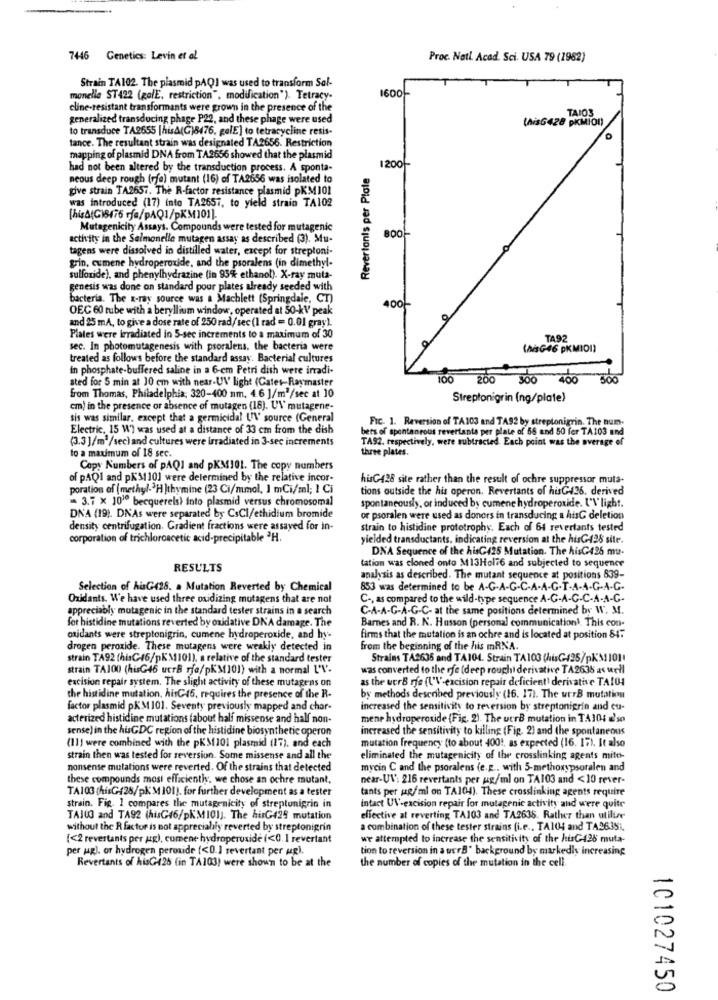
7446 Genetics: Levin et al
Proc. Natl. Acad. Sci. USA 79 (1962)
Strain TA102. The plasmid pAQI was used to transform Sol-
1600
monelle ST422 (galE, restriction", modification"). Tetracy-
cline-resistant transformants were grown in the presence of the
generalized transducing phage P22, and these phage were used
TAIOS
to transduce TA2655 [hisA(G)8476, galE] to tetracycline resis-
(AisG428 DKMiOD)
tance. The resultant strain was designated TA2656. Restriction
mapping of plasmid DNA from TA2656 showed that the plasmid
had not been altered by the transduction process. A sponta-
Revertonts per Plate
1200
neous deep rough (rfa) mutant (16) of TA2656 was isolated to
give strain TA2657. The R-factor resistance plasmid pKM101
was introduced (17) into TA2657, to yield strain TA102
[hisA(G18476 rfe/pAQ1/pKM101).
Mutagenicity Assays. Compounds were tested for mutagenic
activity in the Salmonelle mutagen assay as described (3). Mu-
8OO
tagens were dissolved in distilled water, except for streptoni-
grin, cumene hydroperoxide, and the psoralens (in dimethyl-
sulforide), and phenylhydrazine (in 95% ethanol). X-ray muta-
genesis was done on standard pour plates already seeded with
bacteria. The x-ray source was a Machlett (Springdale, CT)
OEC 60 tube with a beryllium window, operated at 50-kV peak
400
and 25 mA, to give a dose rate of 250 rad/sec (I rad = 0.01 gray).
Plates were irradiated in 5-sec increments to a maximum of 30
TA92
sec. In photomutagenesis with psoralens, the bacteria were
(AsG46 PKMIDI)
treated as follows before the standard assay. Bacterial cultures
in phosphate-buffered saline in a 6-cm Petri dish were irradi-
sted for S min at 10 cm with near-UV light (Gates-Raymaster
100
200 300 400
500
from Thomas, Philadelphia; 320-400 nm. 4.6 ]/m2/sec at 10
Streptonigrin (ng/plate)
cm) in the presence or absence of mutagen (18). UN' mutagene-
sis was similar, except that a germicidal UV source (General
Fic. 1. Reversion of TA103 and TA92 by streptonigrin. The num.
Electric, 15 W) was used at a distance of 33 cm from the dish
bers of spontaneous revertants per plate of 56 and 50 for TA103 and
(3.3]/m3/sec)and cultures were irradiated in 3-sec increments
TA92, respectively, were subtracted. Each point was the average of
to a maximum of 18 sec.
three plates.
Copy Numbers of DAQI and pKM101. The copy numbers
of pAQI and pKM1101 were determined by the relative incor-
huG428 site rather than the result of ochre suppressor muta-
poration of (methyl-3H ]thymine (23 Ci/mmol, 1 mCi/ml; I Ci
tions outside the his operon. Revertants of hisG426. derived
= 3.7 x 1010 becquerels) into plasmid versus chromosomal
spontaneously, or induced by cumene hydroperoxide. I'\'light.
DNA (19). DNAs were separated by CsCl/ethidium bromide
or psoralen were used as donors in transducing a hisC deletion
density centrifugation. Gradient fractions were assayed for in-
strain to histidine prototrophy. Each of 64 revertants tested
corporation of trichloroacetic acid-precipitable 3H.
yielded transductants, indicating reversion at the hisG126 site.
DNA Sequence of the hisG425 Mutation. The hisG426 mu-
tation was cloned onto M13Hol76 and subjected to sequence
RESULTS
analysis as described. The mutant sequence at positions 839-
Selection of hisG428. a Mutation Reverted by Chemical
853 was determined to be A-G-A-G-C.A.A.G.T-A-A-G-A-G.
Oxidants. We have used three oxidizing mutagens that are not
C -, as compared to the wild-type sequence A-G-A-C-C-A-A-G-
appreciably mutagenic in the standard tester strains in a search
C-A-A-G-A-G-C- at the same positions determined by W. M.
for histidine mutations reverted by oxidative DNA damage. The
Barnes and R. N. Husson (personal communication). This con-
oxidants were streptonigrin, cumene hydroperoxide, and hy-
firms that the mutation is an ochre and is located at position 84:
drogen peroxide. These mutagens were weakly detected in
from the beginning of the his mRNA.
strain TA92 (hisC-46/pKM101), a relative of the standard tester
Strains TA2636 and TA104. Strain TA103 (hisG-#25/pK'3110]'
strain TA100 (hisG46 ucrB sfa/pKM(10]) with a normal L'V.
was converted to the rfe (deep rouchi derivative TA2638 as well
excision repair system. The slight activity of these mutagens on
as the uerB rfe (l'V-excision repair deficient) derivative TA104
the histidine mutation. hisG45, requires the presence of the R-
by methods described previously (16. 171. The utrB mutation
factor plasmid pKM101. Seventy previously mapped and char-
increased the sensitivity to reversion by streptonigrin and cu-
acterized histidine mutations (about half missense and half non-
mene hydroperoxide (Fig. 2). The utrB mutation in TA104 e'so
sense) in the husGDC region of the histidine biosynthetic operon
increased the sensitivity to killing (Fig. 2) and the spontaneous
mutation frequency (to about 4001, as expected (16. 17). It also
(11) were combined with the pKS(101 plasmid (17), and each
strain then was tested for reversion. Some missense and all the
eliminated the mutagenicity of the crosslinking agents mitt-
nonsense mutations were reverted. Of the strains that detected
mycin C and the psoralens (e.g .. with 5-methoxypsoralen and
these compounds most efficiently, we chose an ochre mutant,
near-UV: 216 revertants per ug/ml on TA103 and <10 rever-
TA103 (hisG:28/pk'M101). for further development as a tester
tants per pg/ml on TA104). These crosslinking agents require
strain. Fig. 1 compares the mutagenicity of streptonigrin in
intact UV-excision repair for mutagenic activity and were quite
TAJUG and TA92 (hisG46/pKM101]. The hurG425 mutation
effective at reverting TA103 and TA2638. Rather than utilize
without the R factor is not appreciably reverted by streptonigrin
a combination of these tester strains (i.e ., TA104 and TA36351.
[<2 revertants per utg), comene hydroperuside (<0. 1 revertant
we attempted to increase the sensitivity of the hisG426 muta-
per ug). or hydrogen peroxide (<0.] revertant per ug).
tion to reversion in a uerB" background by markedly increasing
Revertants of hisG126 (in TA103) were shown to be at the
the number of copies of the mutation in the cell
C1027450